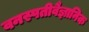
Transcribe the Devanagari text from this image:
वनस्पतीवैज्ञानिक